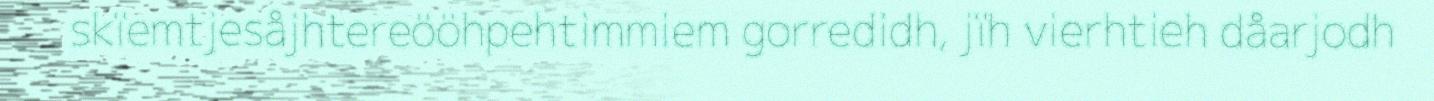
skïemtjesåjhtereööhpehtimmiem gorredidh, jïh vierhtieh dåarjodh